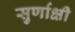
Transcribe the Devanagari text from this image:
सुर्णाक्षी